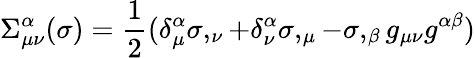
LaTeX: \Sigma_{\mu\nu}^{\alpha}(\sigma)=\frac{1}{2}(\delta_{\mu}^{\alpha}\sigma,_{\nu}+\delta_{\nu}^{\alpha}\sigma,_{\mu}-\sigma,_{\beta}g_{\mu\nu}g^{\alpha\beta})